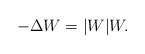
\begin{align*}-\Delta W=|W|W.\end{align*}